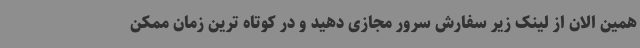
همین الان از لینک زیر سفارش سرور مجازی دهید و در کوتاه ترین زمان ممکن